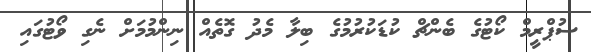
ސުޕްރީމް ކޯޓުގެ ބެންޗް ކުޑަކުރުމުގެ ބިލާ މެދު ގޮތެއް ނިންމުމަށް ނެގި ވޯޓުގައި